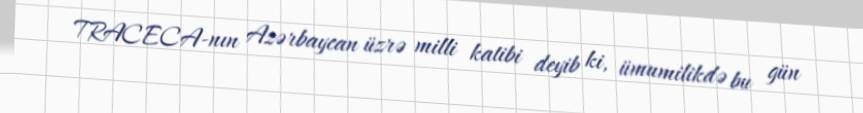
TRACECA-nın Azərbaycan üzrə milli katibi deyib ki, ümumilikdə bu gün